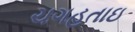
ચગહતાઇ